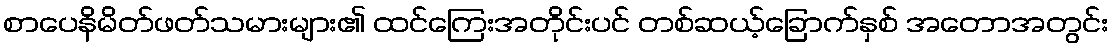
စာပေနိမိတ်ဖတ်သမားများ၏ ထင်ကြေးအတိုင်းပင် တစ်ဆယ့်ခြောက်နှစ် အတောအတွင်း